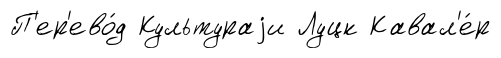
П'ер'ево́д Культураjи Луцк Кавал'е́р